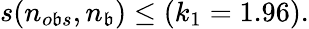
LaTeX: s(n_{o\mathfrak{b}s},n_{\mathfrak{b}})\leq(k_{1}=1.96).